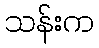
သန်းက